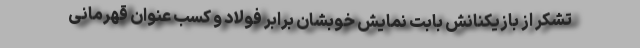
تشکر از بازیکنانش بابت نمایش خوبشان برابر فولاد و کسب عنوان قهرمانی